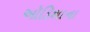
ઑડિશાના